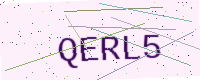
Text: QERL5